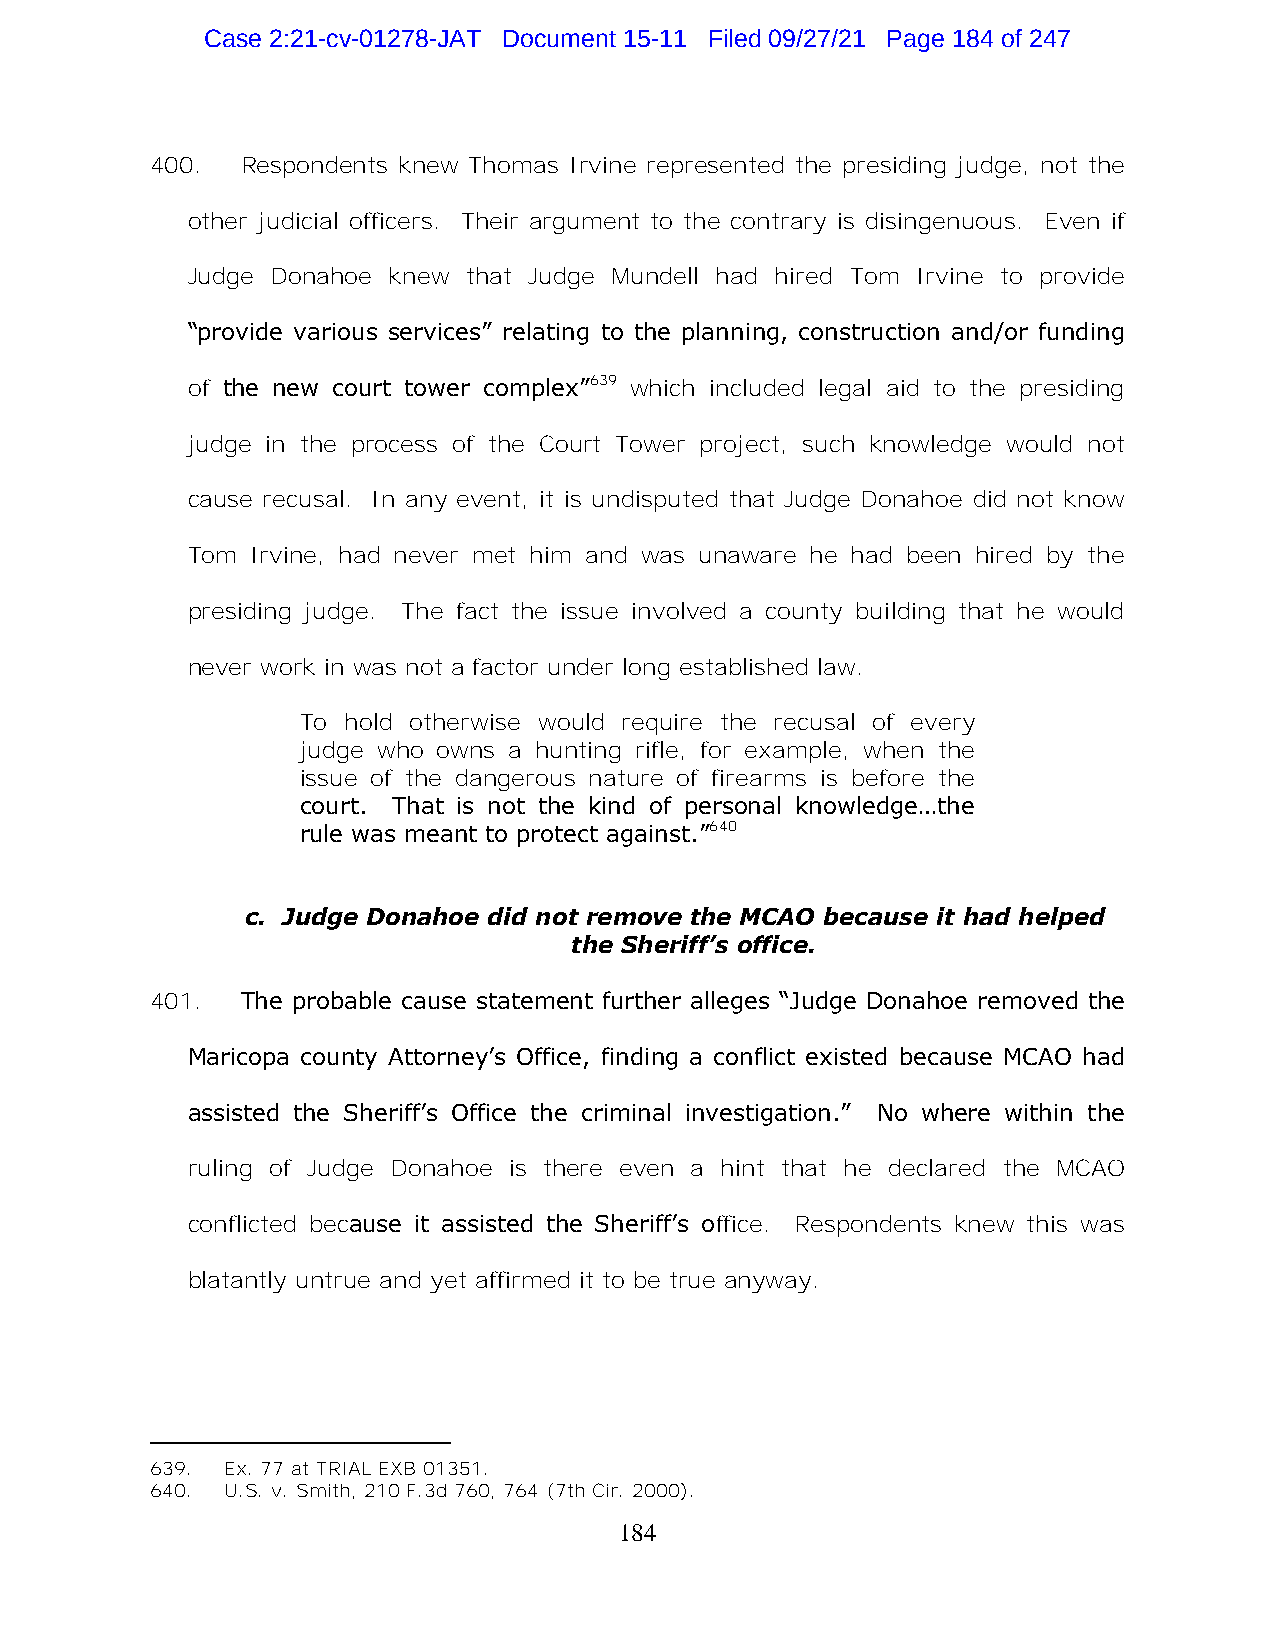
Case 2:21-cv-01278-JAT Document 15-11 Filed 09/27/21 Page 184 of 247
 400.  Respondents knew Thomas Irvine represented the presiding judge, not the
 other judicial officers. Their argument to the contrary is disingenuous. Even if
 Judge Donahoe knew that Judge Mundell had hired Tom Irvine to provide
 “provide various services” relating to the planning, construction and/or funding
 of the new court tower complex”639 which included legal aid to the presiding
 judge in the process of the Court Tower project, such knowledge would not
 cause recusal. In any event, it is undisputed that Judge Donahoe did not know
 Tom  Irvine, had never met him and was unaware he had been hired by the
 presiding judge. The fact the issue involved a county building that he would
 never work in was not a factor under long established law.
 To hold otherwise would require the recusal of every
 judge who owns a hunting rifle, for example, when the
 issue of the dangerous nature of firearms is before the
 court. That is not the kind of personal knowledge…the
 rule was meant to protect against.”640
 c. Judge Donahoe did not remove the MCAO because it had helped
 the Sheriff’s office.
 401.  The probable cause statement further alleges “Judge Donahoe removed the
 Maricopa county Attorney’s Office, finding a conflict existed because MCAO had
 assisted the Sheriff’s Office the criminal investigation.” No where within the
 ruling of Judge Donahoe is there even a hint that he declared the MCAO
 conflicted because it assisted the Sheriff’s office. Respondents knew this was
 blatantly untrue and yet affirmed it to be true anyway.
 639. Ex. 77 at TRIAL EXB 01351.
 640. U.S. v. Smith, 210 F.3d 760, 764 (7th Cir. 2000).
 184